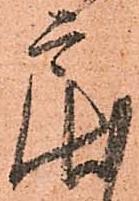
戻